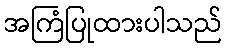
အကြံပြုထားပါသည်